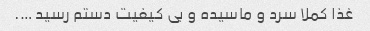
غذا کملا سرد و ماسیده و بی کیفیت دستم رسید ….